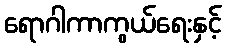
ရောဂါကာကွယ်ရေးနှင့်